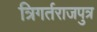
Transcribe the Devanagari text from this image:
त्रिगर्तराजपुत्र